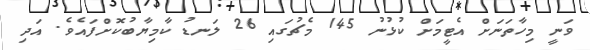
ވަނީ މިހާތަނަށް އެޓީމަށް ކުޅުނު 145 މެޗުގައި 26 ލަނޑު ކާމިޔާބުކޮށްފައެވެ. އަދި